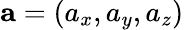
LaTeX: \mathbf{a}=(a_{x},a_{y},a_{z})